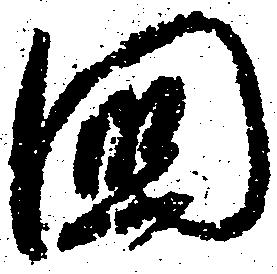
国